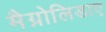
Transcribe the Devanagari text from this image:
मैग्नोलिडाए